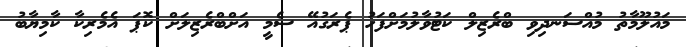
މައުލޫމާތު މުއްސަނދިވި ބްރެޒިލް ކަޓުވާލުމަށްފަހު ޕެރަގުއޭ ސެމީ އަށްބްރެޒިލަށް ކޮޕަ އެމެރިކާ ކާމިޔާބު